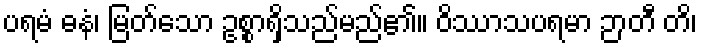
ပရမံ ဓနံ၊ မြတ်သော ဥစ္စာရှိသည်မည်၏။ ဝိဿာသပရမာ ဉာတီ တိ၊